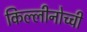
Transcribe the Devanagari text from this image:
किल्लीनोच्ची